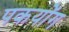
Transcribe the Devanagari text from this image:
पकयोंग